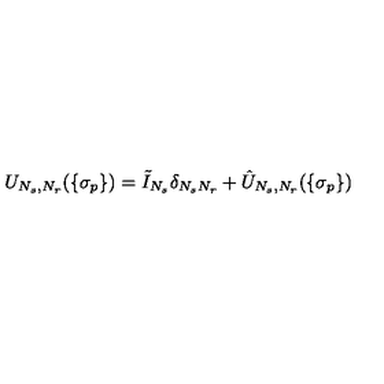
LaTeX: U _ { N _ { s } , N _ { r } } ( \{ \sigma _ { p } \} ) = \tilde { I } _ { N _ { s } } \delta _ { N _ { s } N _ { r } } + \hat { U } _ { N _ { s } , N _ { r } } ( \{ \sigma _ { p } \} )